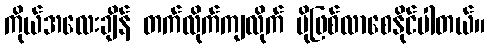
ကိုယ်အလေးချိန် တက်လိုက်ကျလိုက် ပိုဖြစ်လာစေနိုင်ပါတယ်။